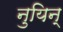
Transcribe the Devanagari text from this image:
नुयिन्